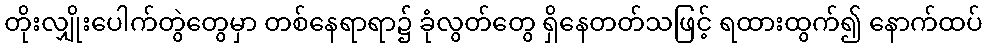
တိုးလျှိုးပေါက်တွဲတွေမှာ တစ်နေရာရာ၌ ခုံလွတ်တွေ ရှိနေတတ်သဖြင့် ရထားထွက်၍ နောက်ထပ်